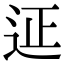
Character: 𨒌